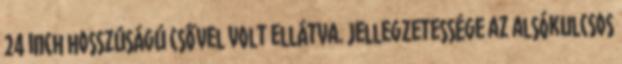
24 inch hosszúságú csővel volt ellátva. Jellegzetessége az alsókulcsos